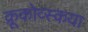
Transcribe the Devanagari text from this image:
क्रूकोव्स्कया